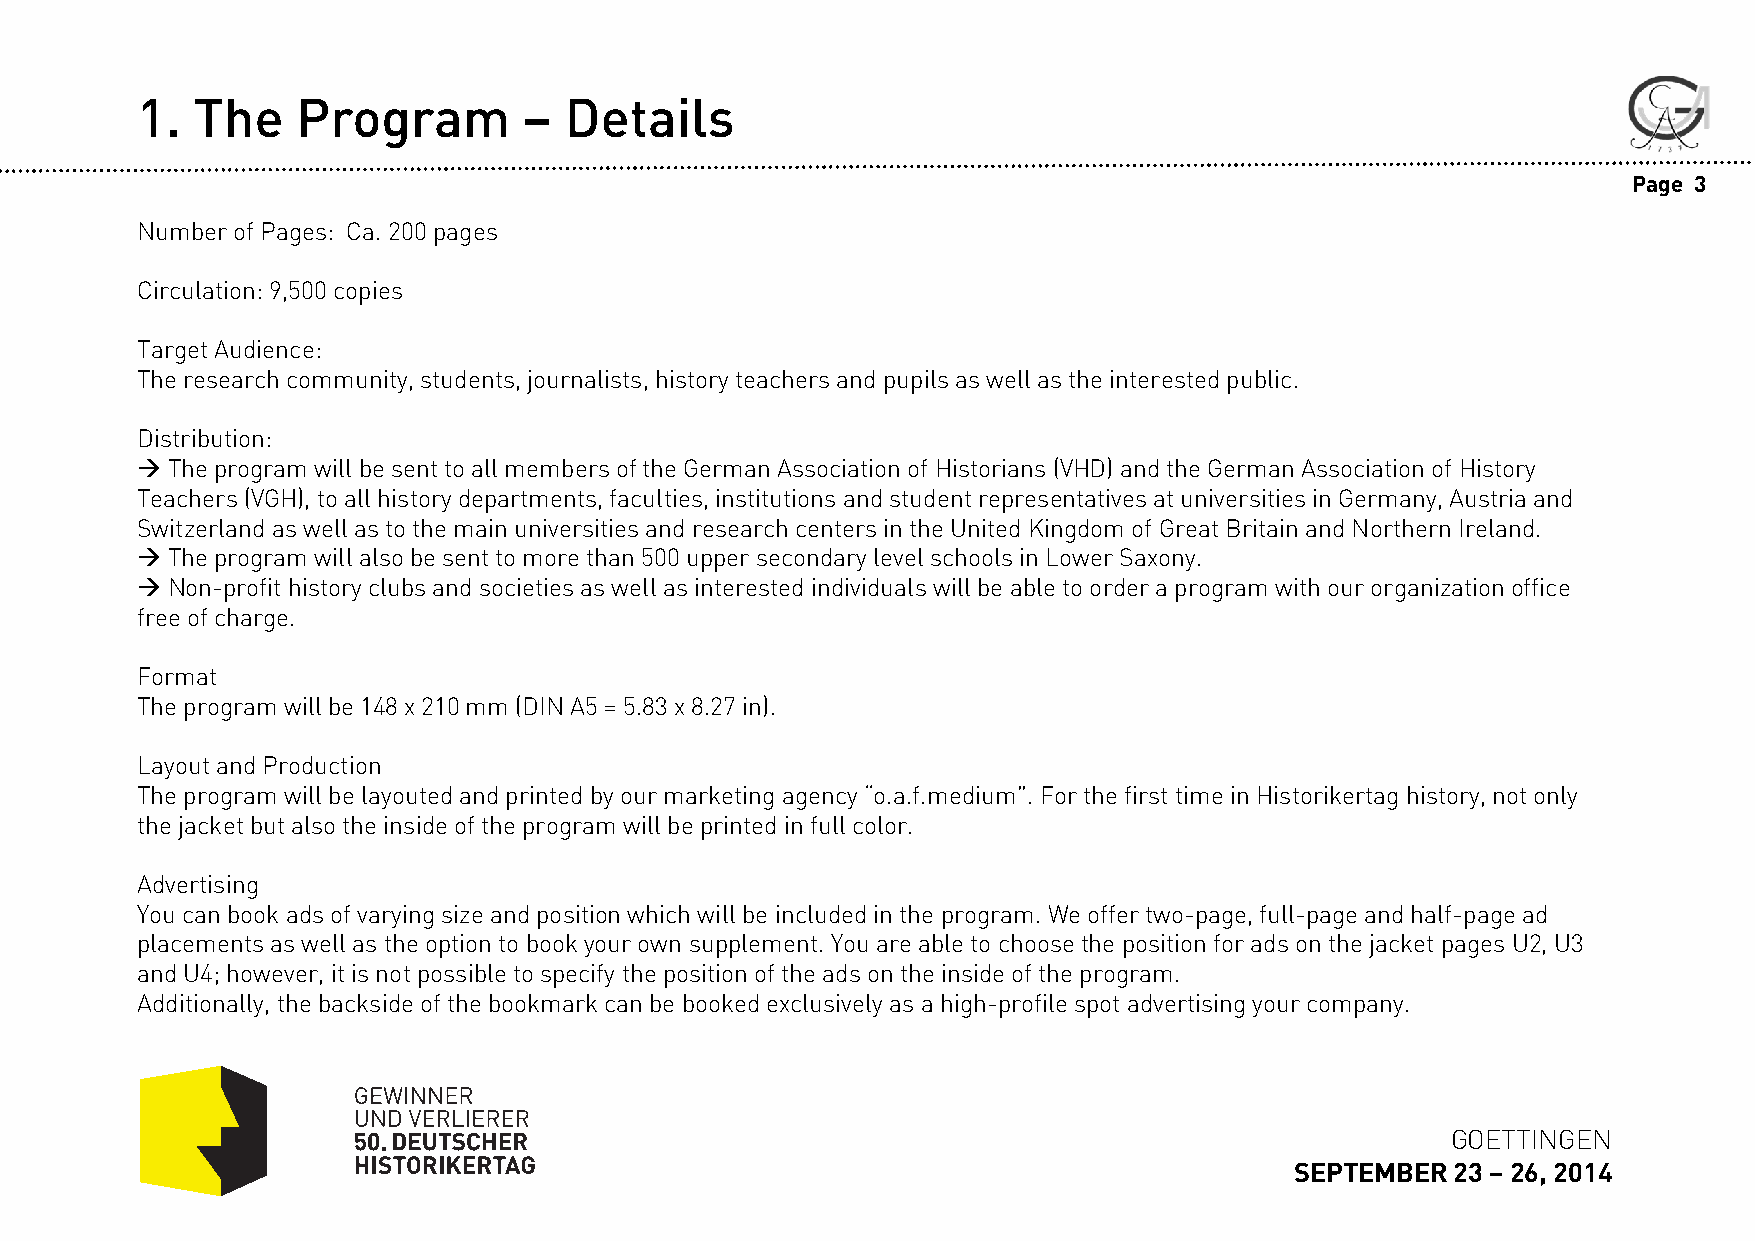
1.  The    Program        – Details
 Page 3
 Number of Pages: Ca. 200 pages
 Circulation: 9,500 copies
 Target Audience:
 The research community, students, journalists, history teachers and pupils as well as the interested public.
 Distribution:
 The program will be sent to all members of the German Association of Historians (VHD) and the German Association of History
 Teachers (VGH), to all history departments, faculties, institutions and student representatives at universities in Germany, Austria and
 Switzerland as well as to the main universities and research centers in the United Kingdom of Great Britain and Northern Ireland.
 The program will also be sent to more than 500 upper secondary level schools in Lower Saxony.
 Non-profit history clubs and societies as well as interested individuals will be able to order a program with our organization office
 free of charge.
 Format
 The program will be 148 x 210 mm (DIN A5 = 5.83 x 8.27 in).
 Layout and Production
 The program will be layoutedand printed by our marketing agency “o.a.f.medium”. For the first time in Historikertag history, not only
 the jacket but also the inside of the program will be printed in full color.
 Advertising
 You can book ads of varying size and position which will be included in the program. We offer two-page, full-page and half-page ad
 placements as well as the option to book your own supplement. You are able to choose the position for ads on the jacket pagesU2, U3
 and U4; however, it is not possible to specify the position of the ads on the inside of the program.
 Additionally, the backside of the bookmark can be booked exclusively as a high-profile spot advertising your company.
 GOETTINGEN
 SEPTEMBER 23 –26, 2014